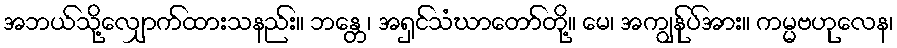
အဘယ်သို့လျှောက်ထားသနည်း။ ဘန္တေ၊ အရှင်သံဃာတော်တို့။ မေ၊ အကျွန်ုပ်အား။ ကမ္မဗဟုလေန၊